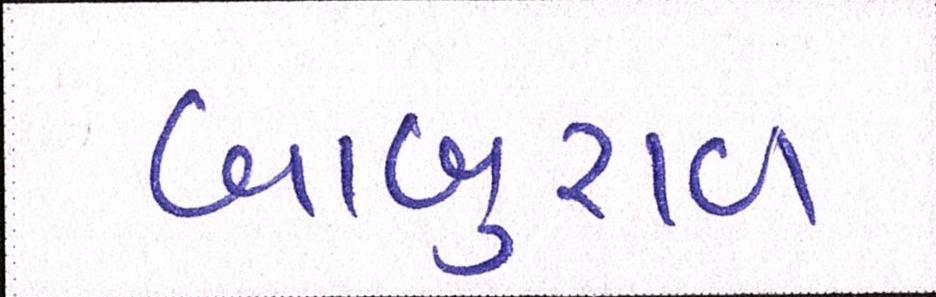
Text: બાબુરાવ